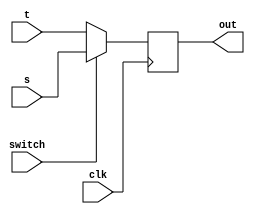
module smallMux(s, t, switch, clk, out);
  input s, t, switch;
  input clk;
  output out;
  reg out;
  always @ (posedge clk) begin
    if(switch == 0) out <= t;
    else out <= s;
  end
endmodule